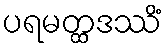
ပရမတ္ထဒဿိံ